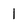
Character: 1